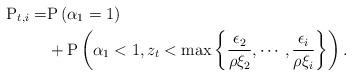
LaTeX: \begin{align*}\mathrm{P}_{t,i} =& \mathrm{P}\left( \alpha_1=1 \right) \\ &+ \mathrm{P}\left( \alpha_1<1, z_t<\max\left\{\frac{\epsilon_2}{\rho\xi_2},\cdots, \frac{\epsilon_i}{\rho\xi_{i}}\right\} \right) .\end{align*}